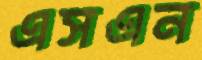
এসএন